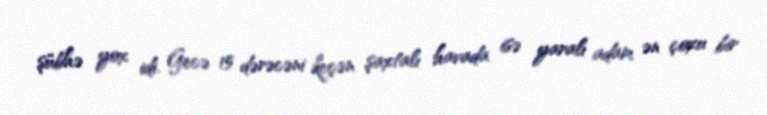
şübhə yox idi. Gecə 15 dərəcəni keçən şaxtalı havada isə yaralı adam ən çoxu bir